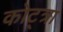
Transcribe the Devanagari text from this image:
कोट्त्रा